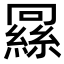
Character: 𬗶